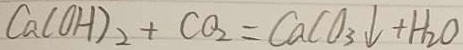
C a ( O H ) _ { 2 } + C O _ { 2 } = C a C O _ { 3 } \downarrow + H _ { 2 } O